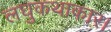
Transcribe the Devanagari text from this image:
लघुकथाकार।